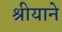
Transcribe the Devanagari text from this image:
श्रीयाने